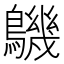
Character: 𪅹